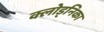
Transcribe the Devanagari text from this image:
क्लोड्निका